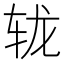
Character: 𨐇